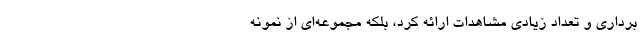
‌برداری و تعداد زیادی مشاهدات ارائه کرد، بلکه مجموعه‌ای از نمونه‌